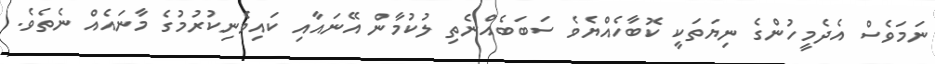
ނަމަވެސް އެދެމީހުންގެ ނިޔަތަކީ ކޮބާހެއްޔެވެ ސަބަބެއްނެތި ލުކުމާން އޭނައާއި ކައިވެނިކުރުމުގެ މާނައެއް ނެތެވެ.